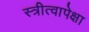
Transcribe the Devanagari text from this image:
स्त्रीत्वापेक्षा